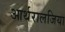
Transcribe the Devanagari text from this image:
आर्थरालजिया